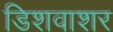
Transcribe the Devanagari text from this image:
डिशवाशर